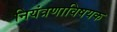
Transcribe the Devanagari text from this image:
नियंत्रणाविषयक